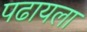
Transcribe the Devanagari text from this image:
पढायला